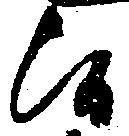
候